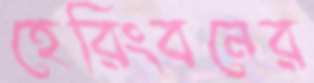
হেরিংবনের